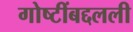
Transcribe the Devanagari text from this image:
गोष्टींबद्दलली